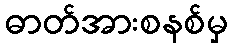
ဓာတ်အားစနစ်မှ